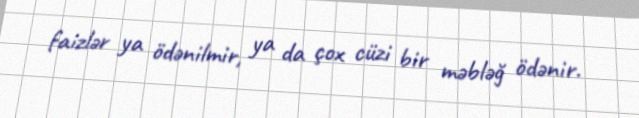
faizlər ya ödənilmir, ya da çox cüzi bir məbləğ ödənir.